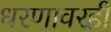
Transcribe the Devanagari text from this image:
धरणावरही